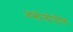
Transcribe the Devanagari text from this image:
असोलोपोल